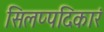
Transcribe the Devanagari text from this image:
सिलप्पदिकारं